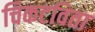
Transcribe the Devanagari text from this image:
चिकटविता